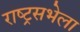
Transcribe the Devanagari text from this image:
राष्ट्रसभेला